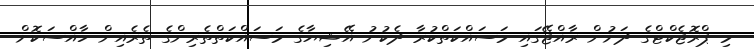
މި ޕްރޮޖެކްޓްގެ ދަށުން ރާއްޖޭގައި މަސައްކަތްކުރާ ދެކުނު އޭޝިޔާގެ މަސައްކަތްތެރިންގެ ތެރެއިން ހާއްސަކޮށް